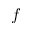
f